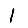
Digit: 1